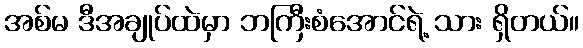
အစ်မ ဒီအချုပ်ထဲမှာ ဘကြီးစံအောင်ရဲ့ သား ရှိတယ်။